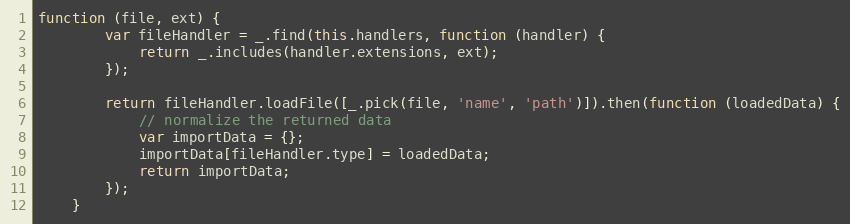
Language: JavaScript
function (file, ext) {
        var fileHandler = _.find(this.handlers, function (handler) {
            return _.includes(handler.extensions, ext);
        });

        return fileHandler.loadFile([_.pick(file, 'name', 'path')]).then(function (loadedData) {
            // normalize the returned data
            var importData = {};
            importData[fileHandler.type] = loadedData;
            return importData;
        });
    }